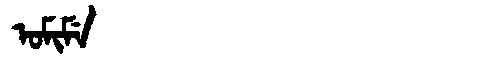
Manchu: ᠣᠮᡳᠮᡝ
Romanization: OMIME